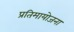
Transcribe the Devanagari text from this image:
प्रतिमायोजना